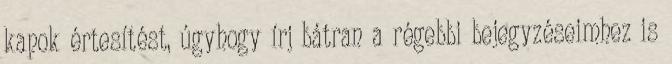
kapok értesítést, úgyhogy írj bátran a régebbi bejegyzéseimhez is